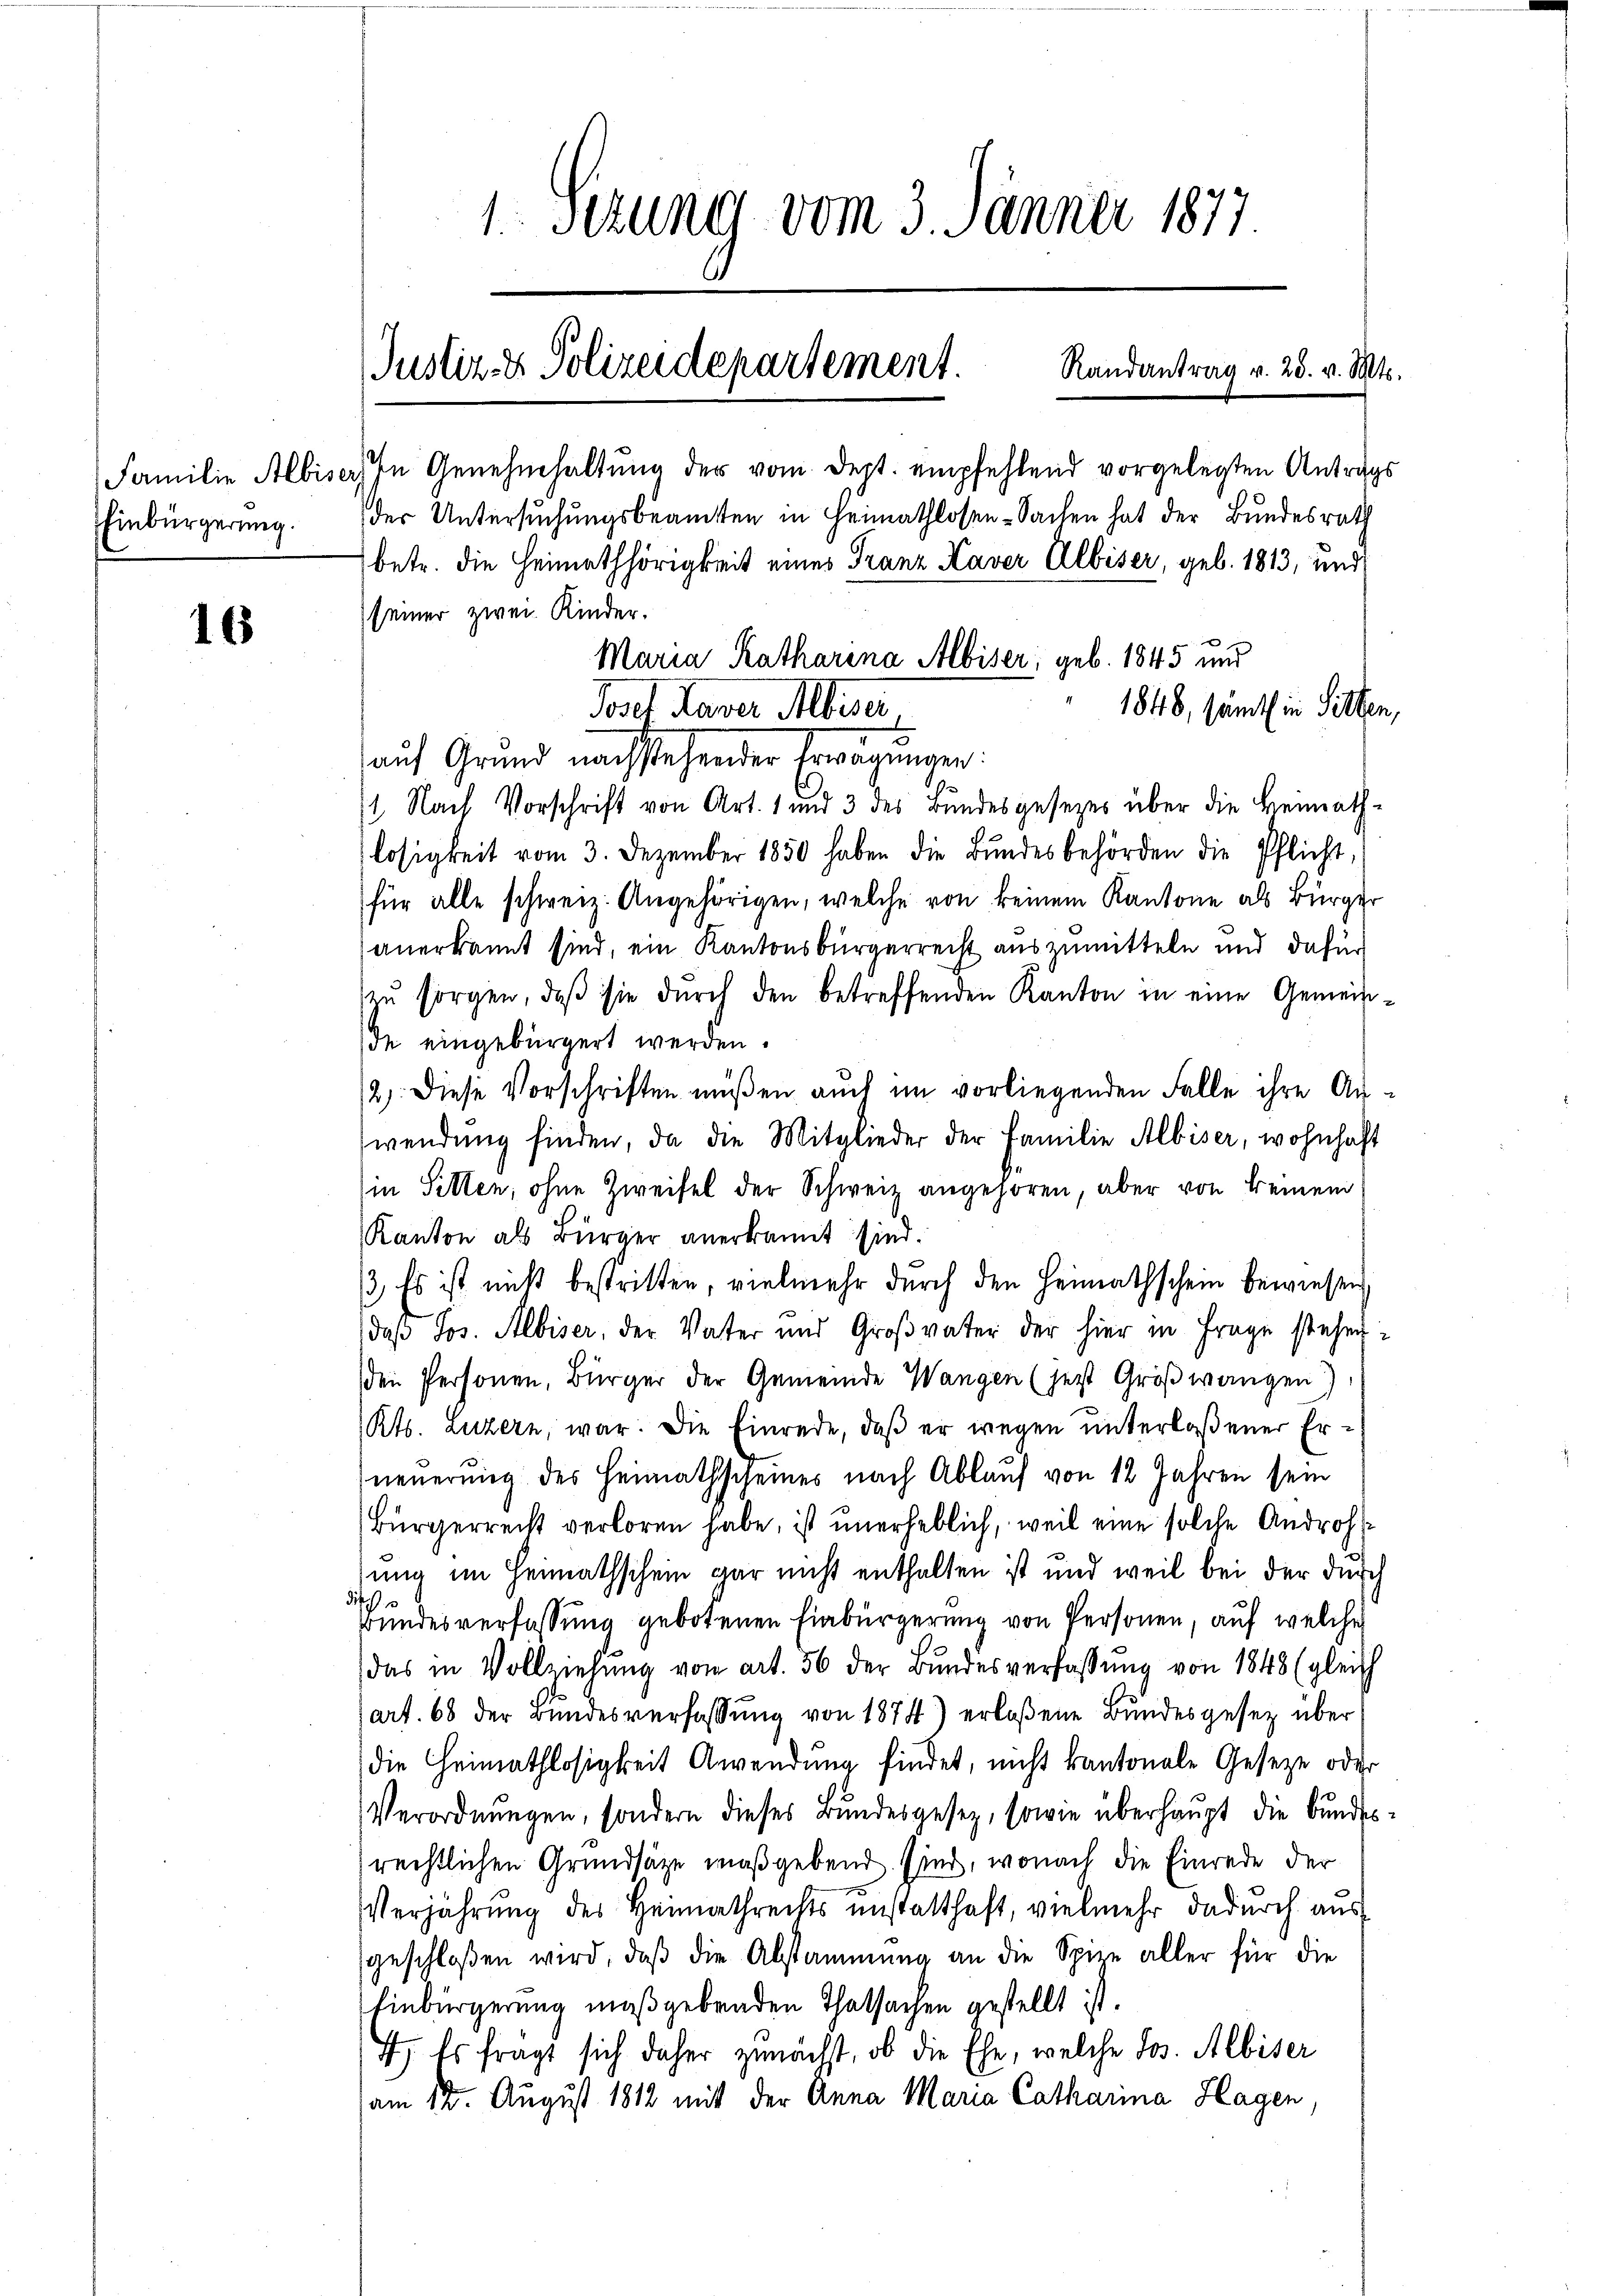
Einbürgerung.

16

1. Setzung vom 3. Jänner 1877

Justiz- & Polizeidepartement.
Randantrag v. 23. v. Mts.

Maria Katharina Albiser, geb. 1845 und

Familie Albiser. In Genehmhaltung der vom Dept. empfehlend vorgelegten Antrags
der Untersuchungsbeamten in Heimathlosen-Sachen hat der Bundesrath
betr. die Heimathörigkeit eines Franz Kaver Albiser, geb. 1813, und
seiner zwei Kinder.
1848, sämtl in Sitten,
Josef Haver Alberei
auf Grund nachstehender Erwägungen.
11. Nach Vorschrift von Art. 1 und 3 des Bundesgesezes über die Heimath-
losigkeit vom 3. Dezember 1850 haben die Bŭndesbehörden die Pflicht,
für alle schweiz. Angehörigen, welche von keinem Kantone als Bürger
anerkannt sind, ein Kantonsbürgerrecht auszumitteln und dafür
zŭ sorgen, daβ sie durch den betreffenden Kanton in eine Gemeinde eingebürgert werden.
12). Diese Vorschriften müßen auch im vorliegenden Falle ihre Auwendŭng finden, da die Mitglieder der Familie Albiser, wohnhaft
(in Sitten, ohne Zweifel der Schweiz angehören, aber von keinem
Kanton als Bürger anerkannt sind.
3) Es ist nicht bestritten, vielmehr durch den Heimathschein bewiesen,
daß Jos. Albiser, der Vater und Großvater der hier in Frage stehen:
den Personen, Bürger der Gemeinde Wangen (jetzt Großwangen)
Kts. Luzern, war. Die Einrede, daß er wegen unterlaßener Erneuerung des Heimathscheines nach Ablauf von 12 Jahren sein
Bürgerrecht verloren habe, ist unerheblich, weil eine solche Androht
sung im Heimathschein gar nicht enthalten ist und weil bei der durch
dit
Bundesverfassung gebotenen Einbürgerung von Personen, auf welches
das in Vollziehung von Art. 56 der Bundesverfassung von 1848 (gleich
art. 68 der Bŭndesverfassŭng von 1874) erlosene Bŭndesgesetz über
die Heimathlosigkeit Anwendung findet, nicht kantonale Gesetze oder
Verordnungen, sondern dieses Bundesgesetz, sowie überhaupt die bundesrechtlichen Grundsätze maßgebend sind, wonach die Einrede der
Verjährung des Heimathrechts unstatthaft, vielmehr dadurch aus
geschloßen wird, daß die Abstammung an die Spire aller für die
Einbürgerung maßgebenden Thatsachen gestellt ist.
7) Es frägt sich daher zunächst, ob die Ehe, welche Jos. Albiser
am 12. August 1812 mit der Anna Maria Catharina Hagen,